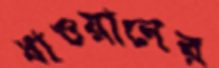
ধাওয়ানের